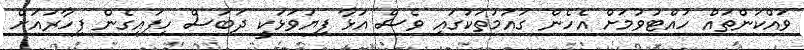
ވައްކަންތައް ހުއްޓުވުމަށް އެހެން ގައުމުތަކުގައި ވެސް އަޅާ ފިޔަވަޅަކީ ދަބަސް ހިފައިގެން ފިހާރައަށް